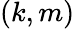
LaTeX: (k,m)